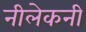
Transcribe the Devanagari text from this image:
नीलेकनी